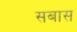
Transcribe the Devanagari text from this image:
सबास